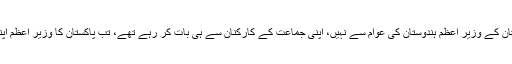
اس پورے دور میں جب ہندوستان کے وزیر اعظم ہندوستان کی عوام سے نہیں، اپنی جماعت کے کارکنان سے ہی بات کر رہے تھے، تب پاکستان کا وزیر اعظم اپنے ملک کو خطاب کر رہا تھا۔